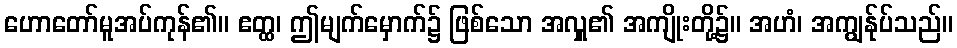
ဟောတော်မူအပ်ကုန်၏။ ဧတ္ထ၊ ဤမျက်မှောက်၌ ဖြစ်သော အလှူ၏ အကျိုးတို့၌။ အဟံ၊ အကျွန်ုပ်သည်။